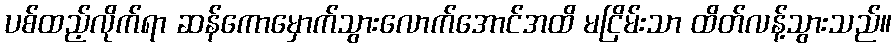
ပစ်ထည့်လိုက်ရာ ဆန်ကောမှောက်သွားလောက်အောင်အထိ မငြိမ်းသာ ထိတ်လန့်သွားသည်။